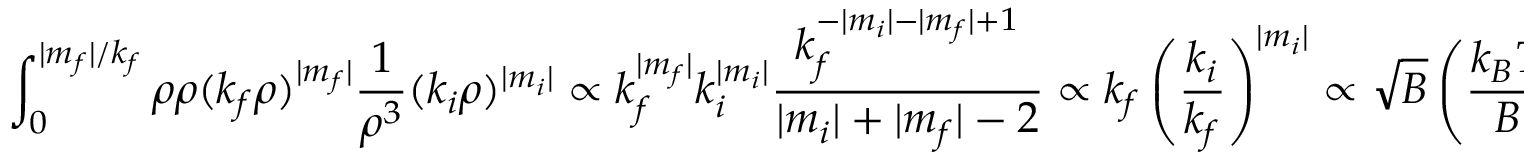
\int _ { 0 } ^ { \vert m _ { f } \vert / k _ { f } } \rho \d \rho ( k _ { f } \rho ) ^ { \vert m _ { f } \vert } \frac { 1 } { \rho ^ { 3 } } ( k _ { i } \rho ) ^ { \vert m _ { i } \vert } \propto k _ { f } ^ { \vert m _ { f } \vert } k _ { i } ^ { \vert m _ { i } \vert } \frac { k _ { f } ^ { - \vert m _ { i } \vert - \vert m _ { f } \vert + 1 } } { \vert m _ { i } \vert + \vert m _ { f } \vert - 2 } \propto k _ { f } \left( \frac { k _ { i } } { k _ { f } } \right) ^ { \vert m _ { i } \vert } \propto \sqrt { B } \left( \frac { k _ { B } T } { B } \right) ^ { \vert m _ { i } \vert / 2 }